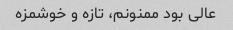
عالی بود ممنونم، تازه و خوشمزه